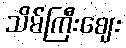
သိမ်ကြီးဈေး